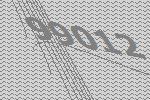
99012